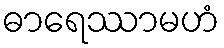
ဓာရေဿာမဟံ